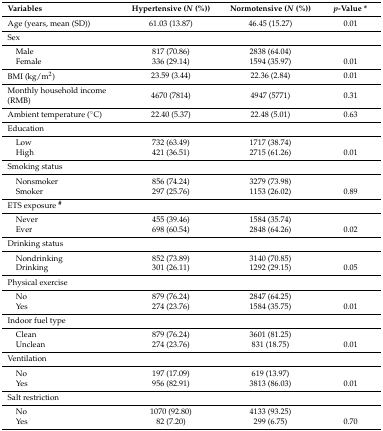
<table><thead><tr><td><b>Variables</b></td><td><b>Hypertensive (<i>N</i> (%))</b></td><td><b>Normotensive (<i>N</i> (%))</b></td><td><b><i>p</i>-Value *</b></td></tr></thead><tbody><tr><td>Age (years, mean (SD))</td><td>61.03 (13.87)</td><td>46.45 (15.27)</td><td>0.01</td></tr><tr><td>Sex</td><td></td><td></td><td></td></tr><tr><td> Male</td><td>817 (70.86)</td><td>2838 (64.04)</td><td></td></tr><tr><td> Female</td><td>336 (29.14)</td><td>1594 (35.97)</td><td>0.01</td></tr><tr><td>BMI (kg/m<sup>2</sup>)</td><td>23.59 (3.44)</td><td>22.36 (2.84)</td><td>0.01</td></tr><tr><td>Monthly household income (RMB)</td><td>4670 (7814)</td><td>4947 (5771)</td><td>0.31</td></tr><tr><td>Ambient temperature (°C)</td><td>22.40 (5.37)</td><td>22.48 (5.01)</td><td>0.63</td></tr><tr><td>Education </td><td></td><td></td><td></td></tr><tr><td> Low</td><td>732 (63.49)</td><td>1717 (38.74)</td><td></td></tr><tr><td> High</td><td>421 (36.51)</td><td>2715 (61.26)</td><td>0.01</td></tr><tr><td>Smoking status</td><td></td><td></td><td></td></tr><tr><td> Nonsmoker</td><td>856 (74.24)</td><td>3279 (73.98)</td><td></td></tr><tr><td> Smoker </td><td>297 (25.76)</td><td>1153 (26.02)</td><td>0.89</td></tr><tr><td>ETS exposure <b><sup>#</sup></b></td><td></td><td></td><td></td></tr><tr><td> Never</td><td>455 (39.46)</td><td>1584 (35.74)</td><td></td></tr><tr><td> Ever </td><td>698 (60.54)</td><td>2848 (64.26)</td><td>0.02</td></tr><tr><td>Drinking status</td><td></td><td></td><td></td></tr><tr><td> Nondrinking</td><td>852 (73.89)</td><td>3140 (70.85)</td><td></td></tr><tr><td> Drinking</td><td>301 (26.11)</td><td>1292 (29.15)</td><td>0.05</td></tr><tr><td>Physical exercise</td><td></td><td></td><td></td></tr><tr><td> No</td><td>879 (76.24)</td><td>2847 (64.25)</td><td></td></tr><tr><td> Yes</td><td>274 (23.76)</td><td>1584 (35.75)</td><td>0.01</td></tr><tr><td>Indoor fuel type</td><td></td><td></td><td></td></tr><tr><td> Clean </td><td>879 (76.24)</td><td>3601 (81.25)</td><td></td></tr><tr><td> Unclean </td><td>274 (23.76)</td><td>831 (18.75)</td><td>0.01</td></tr><tr><td>Ventilation </td><td></td><td></td><td></td></tr><tr><td> No</td><td>197 (17.09)</td><td>619 (13.97)</td><td></td></tr><tr><td> Yes</td><td>956 (82.91)</td><td>3813 (86.03)</td><td>0.01</td></tr><tr><td>Salt restriction</td><td></td><td></td><td></td></tr><tr><td> No</td><td>1070 (92.80)</td><td>4133 (93.25)</td><td></td></tr><tr><td> Yes</td><td>82 (7.20)</td><td>299 (6.75)</td><td>0.70</td></tr></tbody></table>